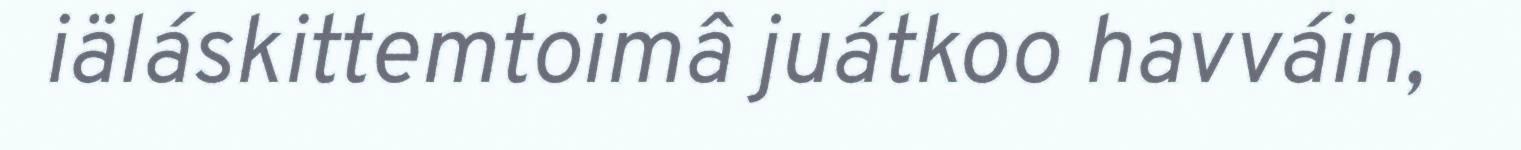
iäláskittemtoimâ juátkoo havváin,